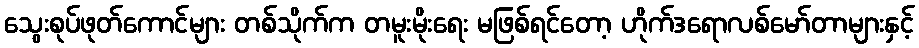
သွေးစုပ်ဖုတ်ကောင်များ တစ်သိုက်က တမူးမိုးရေး မဖြစ်ရင်တော့ ဟိုက်ဒရောလစ်မော်တာများနှင့်